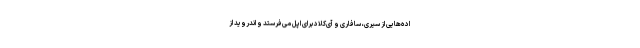
اده‌هایی از سیری، سافاری و آی‌کلاد برای اپل می‌فرستد و اندروید از